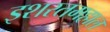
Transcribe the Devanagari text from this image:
इशरतमहाल